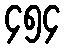
၄၅၄